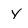
Character: y